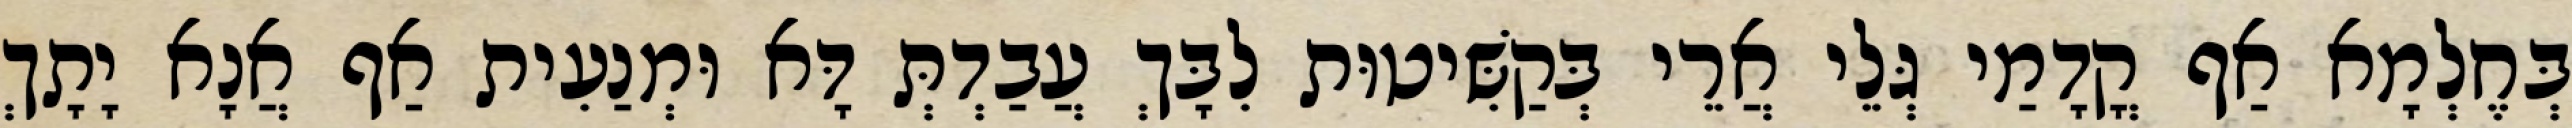
בְּחֶלְמָא אַף קֳדָמַי גְּלֵי אֲרֵי בְּקַשִּׁיטוּת לִבָּךְ עֲבַדְתְּ דָּא וּמְנַעִית אַף אֲנָא יָתָךְ